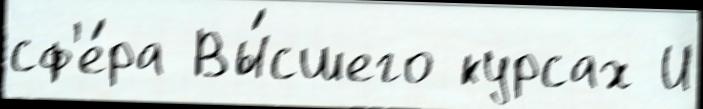
сф'е́ра Вы́сшего курсах И